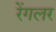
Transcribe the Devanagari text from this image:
रेंगलर